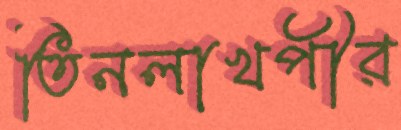
তিনলাখপীর